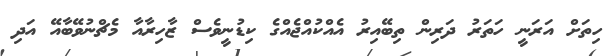
ހިތަށް އަރަނީ ހަތަރު ދަރިން ތިބޭއިރު އެއްކުއްޖެއްގެ ކިޑުނީވެސް ޒާހިރާއާ މެޗްނުވޭބާއޭ އަދި